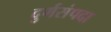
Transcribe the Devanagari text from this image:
दुर्गसंपदा